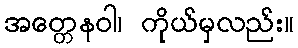
အတ္တေနဝါ၊ ကိုယ်မှလည်း။